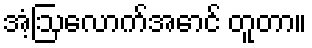
အံ့ဩလောက်အောင် တူတာ။